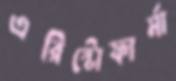
এরিস্টোফার্মা